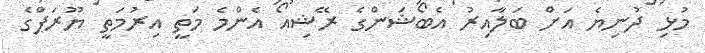
މުޅި ދުނިޔެ އަށް ބަލާއިރު އެބޯޝަންގެ ރޭޝިއޯ އެންމެ މަތީ އިރުމަތީ ޔޫރަޕްގެ